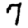
Digit: 7